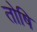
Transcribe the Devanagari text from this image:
तोषि